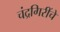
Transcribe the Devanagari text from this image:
चंद्रगिरींचे